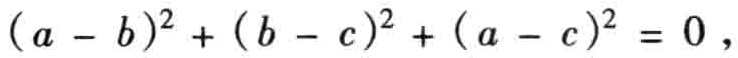
\((a - b)^{2} + (b - c)^{2} + (a - c)^{2} = 0\)